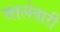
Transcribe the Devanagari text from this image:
सालेवारी